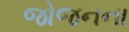
જોજનના